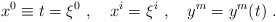
\begin{align*}x^0\equiv t=\xi^0\ ,\quad x^i=\xi^i\ ,\quad y^m=y^m(t)\ .\end{align*}